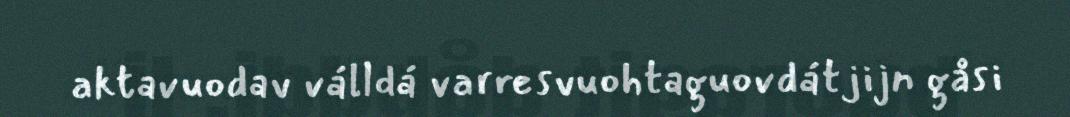
aktavuodav válldá varresvuohtaguovdátjijn gåsi